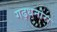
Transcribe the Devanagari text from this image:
गढ़धनोरा